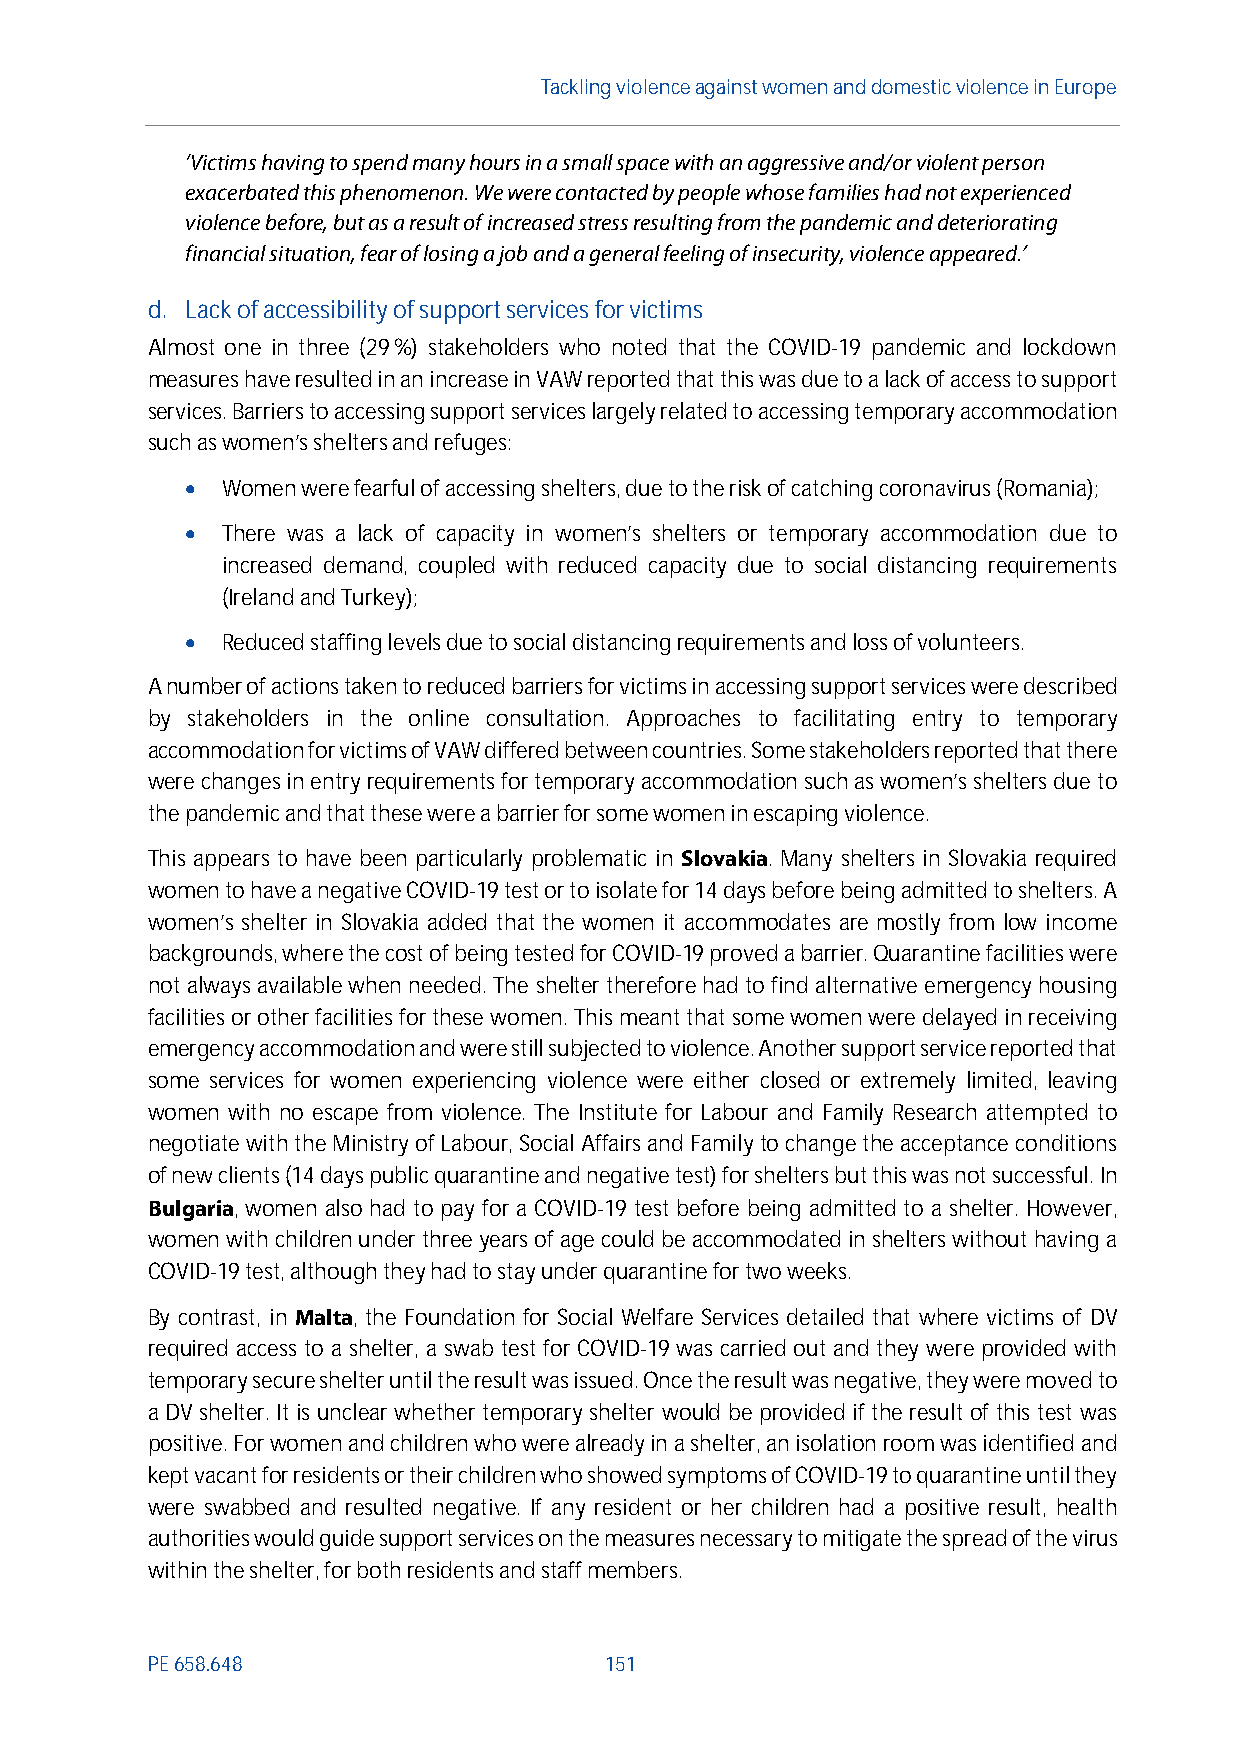
Tackling violenceagainst women anddomesticviolence in Europe
 ‘Victims having to spend many hours in a small space with an aggressive and/or violent person
 exacerbated this phenomenon. We were contacted by people whose families had not experienced
 violence before, but as a result of increased stress resulting from the pandemic and deteriorating
 financial situation, fear of losing a job and a general feeling of insecurity, violence appeared.’
 d. Lack ofaccessibility of support servicesfor victims
 Almost one in three (29%) stakeholders who noted that the COVID-19 pandemic and lockdown
 measures have resulted in an increase in VAW reported that this was due to a lack of access to support
 services. Barriers to accessing support services largely related to accessing temporary accommodation
 such as women’s shelters and refuges:
   Women were fearful of accessing shelters, due to the risk of catching coronavirus (Romania);
   There was a lack of capacity in women’s shelters or temporary accommodation due to
 increased demand, coupled with reduced capacity due to social distancing requirements
 (Ireland and Turkey);
   Reduced staffing levels due to social distancing requirements and loss of volunteers.
 A number of actions taken to reduced barriers for victims in accessing support services were described
 by stakeholders in the online consultation. Approaches to facilitating entry to temporary
 accommodation for victims of VAW differed between countries. Some stakeholders reported that there
 were changes in entry requirements for temporary accommodation such as women’s shelters due to
 the pandemic and that these were a barrier for some women in escaping violence.
 This appears to have been particularly problematic in Slovakia. Many shelters in Slovakia required
 women to have a negative COVID-19 test or to isolate for 14 days before being admitted to shelters. A
 women’s shelter in Slovakia added that the women it accommodates are mostly from low income
 backgrounds, where the cost of being tested for COVID-19 proved a barrier. Quarantine facilities were
 not always available when needed. The shelter therefore had to find alternative emergency housing
 facilities or other facilities for these women. This meant that some women were delayed in receiving
 emergency accommodation and were still subjected to violence. Another support service reported that
 some services for women experiencing violence were either closed or extremely limited, leaving
 women with no escape from violence. The Institute for Labour and Family Research attempted to
 negotiate with the Ministry of Labour, Social Affairs and Familyto change the acceptance conditions
 of new clients (14 days public quarantine and negative test) for shelters but this was not successful. In
 Bulgaria, women also had to pay for a COVID-19 test before being admitted to a shelter. However,
 women with children under three years of age could be accommodated in shelters without having a
 COVID-19 test, although they had to stay under quarantine for two weeks.
 By contrast, in Malta, the Foundation for Social Welfare Services detailed that where victims of DV
 required access to a shelter, a swab test for COVID-19 was carried out and they were provided with
 temporary secure shelter until the result was issued. Once the result was negative, they were moved to
 a DV shelter. It is unclear whether temporary shelter would be provided if the result of this test was
 positive. For women and children who were already in a shelter, an isolation room was identified and
 kept vacant for residents or their children who showed symptoms of COVID-19 to quarantine until they
 were swabbed and resulted negative. If any resident or her children had a positive result, health
 authorities would guide support services on the measures necessary to mitigate the spread of the virus
 within the shelter, for both residents and staff members.
 PE658.648                     151